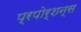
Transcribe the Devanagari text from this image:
प्रपोर्शन्स